Report of an investigation into the causes of malaria in Bombay and the measures necessary for its control
Disease focus: Malaria
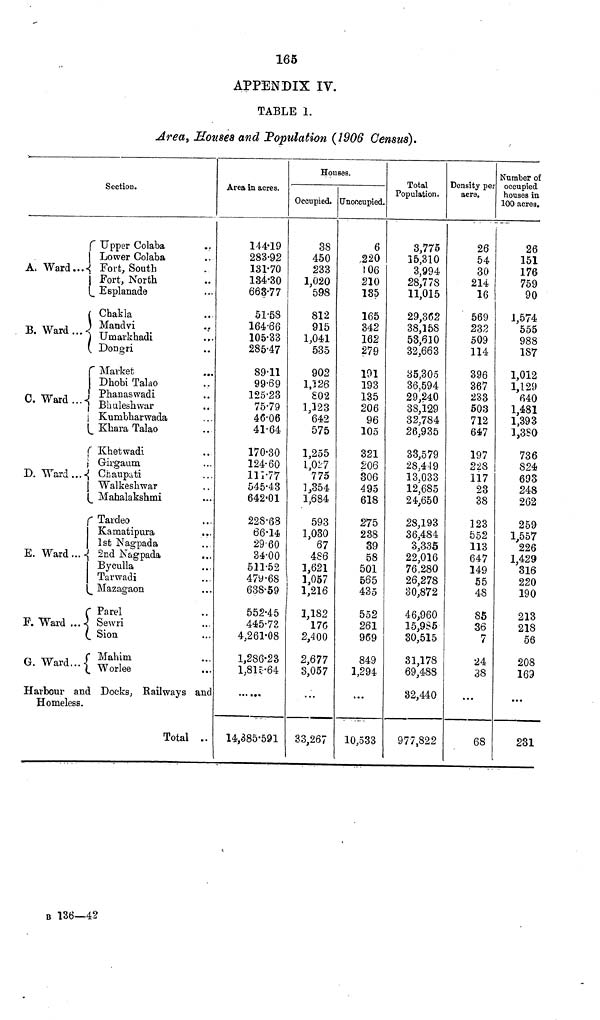
165
APPENDIX IV.
TABLE 1.
Area, Houses and "Population (1906 Census).
f
A, Ward...-{
I
Í
B. Ward...«!
(
f
1
i
C. Ward ...-{
i
1
I
r
i
D. Ward...-{
i
c
E. Ward...-j
F. "Ward ...\
G. Ward...{
Section.
Upper Colaba
Lower Colaba
Fort, South
Fort, North
Esplanade
Chakla
Mandvi
Unaarkhadi
Dong-ri
Market
Dhobi Talao
Phanaswadi
Bhuleshwar
Kumbharwada
Khara Talao
Khetwadi
Girgaum
Chaupati
Walkeshwar
Mahalakshmi
Tardeo
Kamatipura
1st Nagpada
2nd Nagpada
Byculla
Tarwadi
Mazagaon
Parel
Sewri
Sion
Mahim
Worlee
Harbour and Docks, Railways anc
Homeless.
Total ..
Area in acres.
144-19
283-92
131-70
134/30
668-77
51-58
164-66
105-33
285-47
89-11
99-69
125-23
75-79
46-06
41-64
170-30
124-60
111-77
545-43
642-01
228-68
66-14
29-60
34-00
511-52
479-68
638-59
552-45
445-73
4,261-08
1,286*23
l,8K--64
14,385-591
Houses.
Occupied.
38
450
233
1,020
598
812
915
1,041
535
902
1,126
S02
1,123
642
575
1,255
1,017
775
1,354
1,684
593
1,030
67
486
1,621
1,057
1,216
1,182
176
2,400
2,677
3,057
...
33,267
Unoccupied.
6
,220
106
210
135
165
342
162
279
101
193
135
206
96
105
321
206
306
495
618
275
238
39
58
501
565
435
552
261
969
849
1,294
...
10,533
Total
Population.
3,775
15,310
3,994
28,778
11,015
29,362
38,158
53,610
32,663
35,305
36,594
29,240
38,129
32,784
26,935
33,579
28,4-19
13,033
12,685
24,650
2S,193
36,484
3,335
22,016
76,280
26,278
30,872
46,960
15,985
30,515
31,178
69,488
32,440
977,822
Density per
acre.
26
54
30
214
16
569
232
509
114
396
367
233
503
712
647
197
22S
117
23
38
123
552
113
647
149
55
48
85
36
7
24
38
...
68
Number of
occupied
houses in
100 acres.
26
151
176
759
90
1,574
555
988
187
1,012
1,129
640
1,481
1,393
1,380
736
824
693
248
262
259
1,557
226
1,429
316
220
190
213
218
56
208
169
...
231
B 136—42